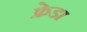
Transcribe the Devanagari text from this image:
फ्रेडा